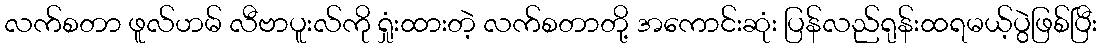
လက်စတာ ဖူလ်ဟမ် လီဗာပူးလ်ကို ရှုံးထားတဲ့ လက်စတာတို့ အကောင်းဆုံး ပြန်လည်ရုန်းထရမယ့်ပွဲဖြစ်ပြီး